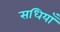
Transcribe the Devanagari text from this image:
सधियाँ